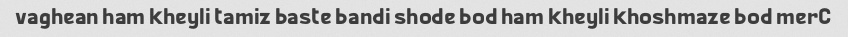
vaghean ham kheyli tamiz baste bandi shode bod ham kheyli khoshmaze bod merC